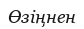
Өзіңнен